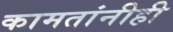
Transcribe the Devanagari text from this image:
कामतांनीही